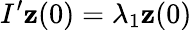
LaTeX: I^{\prime}{\mathbf z}(0)=\lambda_{1}{\mathbf z}(0)